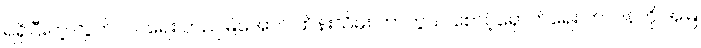
ရရှိပြီးတဲ့ လွတ်လပ်ရေး တည်မြဲအောင် ထိန်းသိမ်း ကာကွယ် စောင့်ရှောက်ရေး တာဝန်ကို အမြဲ